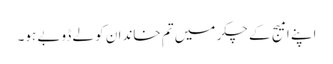
اپنے امیج کے چکر میں تم خاندان کو لے ڈوبے ہو۔